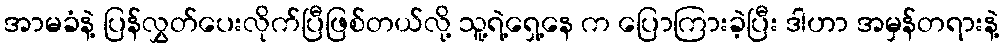
အာမခံနဲ့ ပြန်လွှတ်ပေးလိုက်ပြီဖြစ်တယ်လို့ သူ့ရဲ့ရှေ့နေ က ပြောကြားခဲ့ပြီး ဒါဟာ အမှန်တရားနဲ့